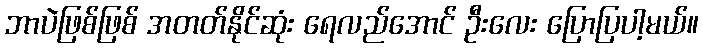
ဘာပဲဖြစ်ဖြစ် အတတ်နိုင်ဆုံး ရေလည်အောင် ဦးလေး ပြောပြပါ့မယ်။